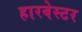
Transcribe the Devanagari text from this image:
हारवेस्टर